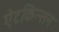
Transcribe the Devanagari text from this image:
ऐटकिंन्सन